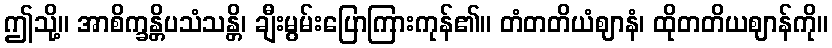
ဤသို့။ အာစိက္ခန္တိပသံသန္တိ၊ ချီးမွမ်းပြောကြားကုန်၏။ တံတတိယံဈာနံ၊ ထိုတတိယဈာန်ကို။